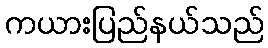
ကယားပြည်နယ်သည်